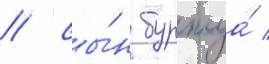
/ сы́н буржуа́ /